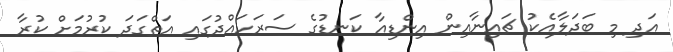
އަދި މި ބަދަލާއެކު ޗައިނާއިން އިންޑިއާ ކަނޑުގެ ސަރަހައްދުގައި އަތްގަދަ ކުރުމަށް ކުރާ